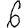
Digit: 6